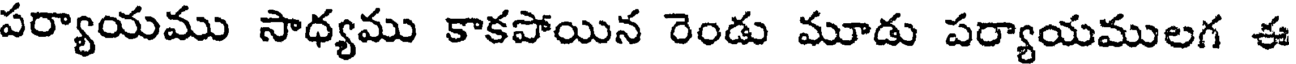
పర్యాయము సాధ్యము కాకపోయిన రెండు మూడు పర్యాయములగ ఈ